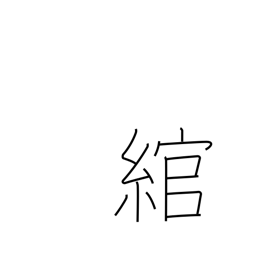
Meaning: bend around